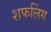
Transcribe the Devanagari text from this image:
शफलिंग